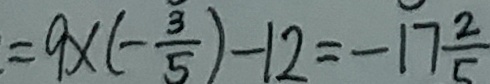
= 9 \times ( - \frac { 3 } { 5 } ) - 1 2 = - 1 7 \frac { 2 } { 5 }